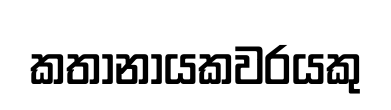
කතානායකවරයකු